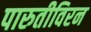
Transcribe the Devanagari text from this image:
पारुतीविरन